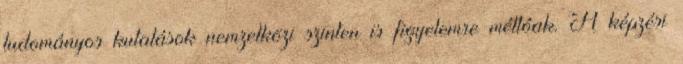
tudományos kutatások nemzetközi szinten is figyelemre méltóak. A képzési